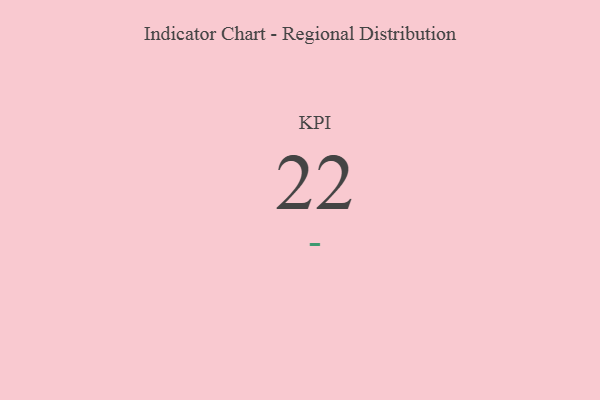
{"axis": {"x": "KPI", "y": "Value"}, "legend": [""], "data": [{"x": "KPI", "y": 22, "type": ""}]}